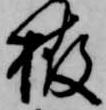
栫